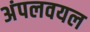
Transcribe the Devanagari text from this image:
अंपलवयल